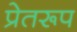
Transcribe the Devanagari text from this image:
प्रेतरूप